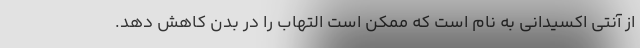
از آنتی اکسیدانی به نام است که ممکن است التهاب را در بدن کاهش دهد.